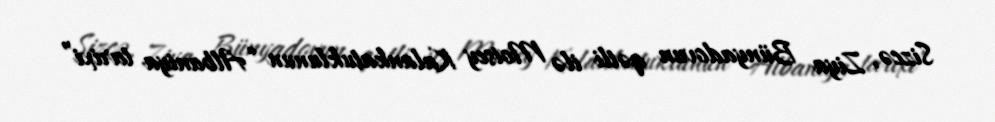
Sizcə, Ziya Bünyadovun qətli ilə Moisey Kalankatuklunun “Albaniya tarixi”